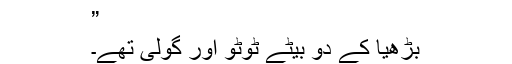
”
بڑھیا کے دو بیٹے ٹوٹو اور گولی تھے۔